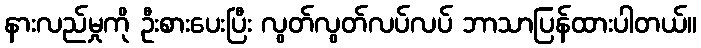
နားလည်မှုကို ဦးစားပေးပြီး လွတ်လွတ်လပ်လပ် ဘာသာပြန်ထားပါတယ်။